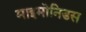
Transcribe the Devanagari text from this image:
माइमोनिडस